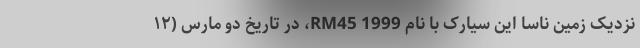
نزدیک زمین ناسا این سیارک با نام 1999 RM45، در تاریخ دو مارس (۱۲